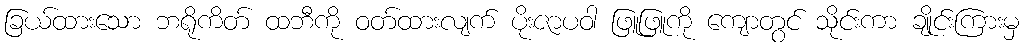
ခြယ်ထားသော ဘရိုကိတ် ထဘီကို ဝတ်ထားလျက် ပိုးဇာပဝါ ဖြူဖြူကို ကျောတွင် သိုင်းကာ ချိုင်းကြားမှ